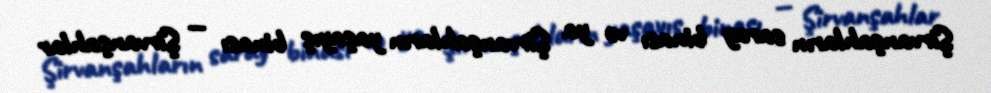
Şirvanşahların saray binası və ya Şirvanşahların yaşayış binası — Şirvanşahlar